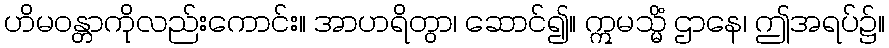
ဟိမဝန္တာကိုလည်းကောင်း။ အာဟရိတွာ၊ ဆောင်၍။ ဣမသ္မိံ ဌာနေ၊ ဤအရပ်၌။